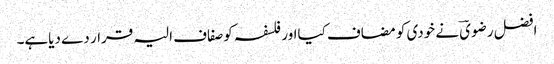
افضل رضویؔ نے خودی کو مضاف کیااور فلسفہ کوصفاف الیہ قرار دے دیاہے۔